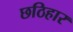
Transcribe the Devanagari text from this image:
छठिहार